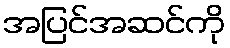
အပြင်အဆင်ကို